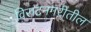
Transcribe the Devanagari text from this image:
विराटनगरीतील